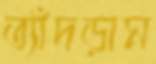
ত্যাঁদড়াম